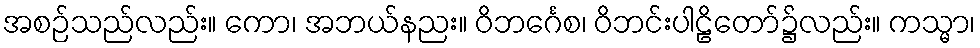
အစဉ်သည်လည်း။ ကော၊ အဘယ်နညး။ ဝိဘင်္ဂေစ၊ ဝိဘင်းပါဠိတော်၌လည်း။ ကသ္မာ၊